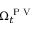
\Omega _ { t } ^ { \mathrm { ~ P ~ V ~ } }